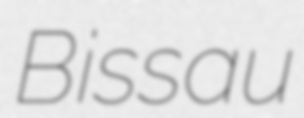
Bissau